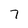
Character: 7